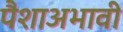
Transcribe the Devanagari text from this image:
पैशाअभावी